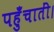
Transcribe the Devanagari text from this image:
पहुँचातीं।